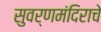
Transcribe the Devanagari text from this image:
सुवर्णमंदिराचे